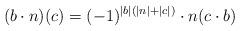
LaTeX: \begin{align*}(b\cdot n) (c) = (-1)^{|b|(|n|+|c|)}\cdot n(c\cdot b)\end{align*}